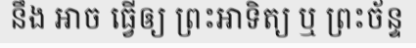
នឹង ឤច ធ្វើឲ្យ ព្រះឤទិត្យ ឬ ព្រះច័ន្ទ